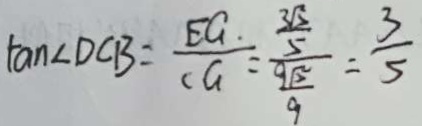
\tan \angle D C B = \frac { E G } { C G } = = \frac { \frac { 3 \sqrt { 5 } } { 5 } } { \frac { 9 \sqrt { 5 } } { 9 } } = \frac { 3 } { 5 }